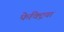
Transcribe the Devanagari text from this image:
फेक्ट्रियां